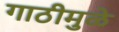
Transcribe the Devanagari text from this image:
गाठीमुळे